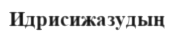
Идрисижазудың